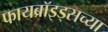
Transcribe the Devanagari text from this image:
फायब्रॉइड्सच्या